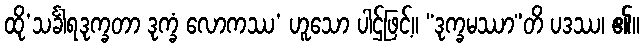
ထို’သင်္ခါရဒုက္ခတာ ဒုက္ခံ လောကဿ’ ဟူသော ပါဌ်ဖြင့်။ “ဒုက္ခမဿာ”တိ ပဒဿ၊ ၏။